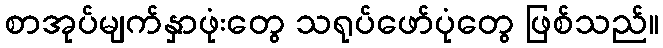
စာအုပ်မျက်နှာဖုံးတွေ သရုပ်ဖော်ပုံတွေ ဖြစ်သည်။